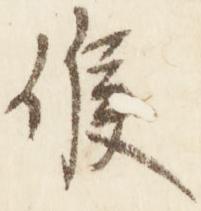
候